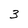
Character: 3